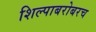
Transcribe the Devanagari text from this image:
शिल्पाबरोबरच